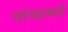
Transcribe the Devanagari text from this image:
यांच्यामधी